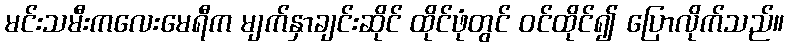
မင်းသမီးကလေးမေရီက မျက်နှာချင်းဆိုင် ထိုင်ဖုံတွင် ဝင်ထိုင်၍ ပြောလိုက်သည်။